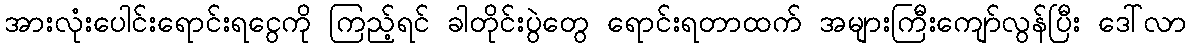
အားလုံးပေါင်းရောင်းရငွေကို ကြည့်ရင် ခါတိုင်းပွဲတွေ ရောင်းရတာထက် အများကြီးကျော်လွန်ပြီး ဒေါ်လာ